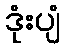
ဒုံးပျံ